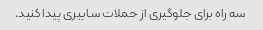
سه راه برای جلوگیری از حملات سایبری پیدا کنید.